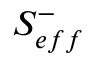
S _ { e f f } ^ { - }